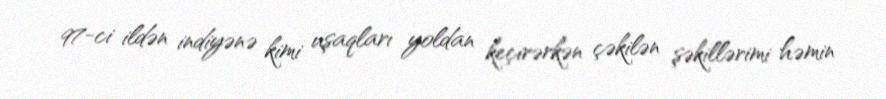
97-ci ildən indiyənə kimi uşaqları yoldan keçirərkən çəkilən şəkillərimi həmin